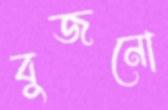
বুজনো